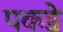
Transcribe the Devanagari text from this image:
पकङे